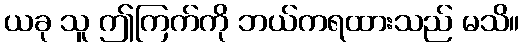
ယခု သူ ဤကြက်ကို ဘယ်ကရထားသည် မသိ။